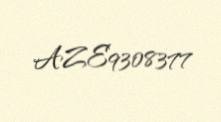
AZE9308377